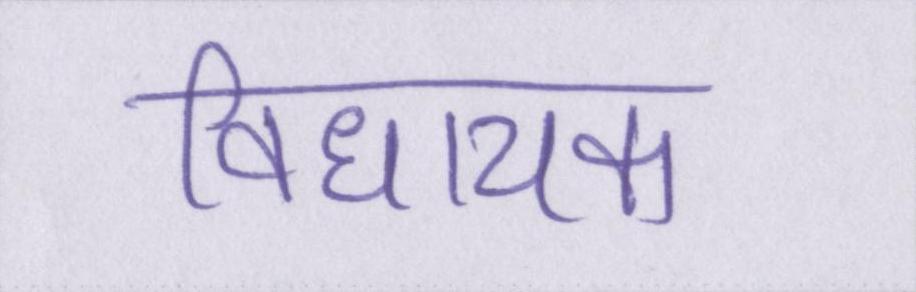
विधायक